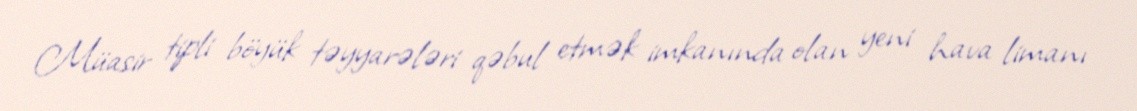
Müasir tipli böyük təyyarələri qəbul etmək imkanında olan yeni hava limanı